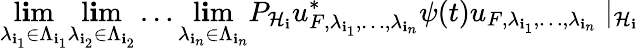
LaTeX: \operatorname*{l\mathbf{i}m}_{\lambda_{\mathbf{i}_{1}}\in\Lambda_{\mathbf{i}_{1}}}\operatorname*{l\mathbf{i}m}_{\lambda_{\mathbf{i}_{2}}\in\Lambda_{\mathbf{i}_{2}}}\ldots\operatorname*{l\mathbf{i}m}_{\lambda_{\mathbf{i}_{n}}\in\Lambda_{\mathbf{i}_{n}}}P_{{\mathcal{{H}}}_{\mathbf{i}}}u_{F,\lambda_{\mathbf{i}_{1}},\ldots,\lambda_{\mathbf{i}_{n}}}^{*}\psi(t)u_{F,\lambda_{\mathbf{i}_{1}},\ldots,\lambda_{\mathbf{i}_{n}}}\mid_{{\mathcal{{H}}}_{\mathbf{i}}}